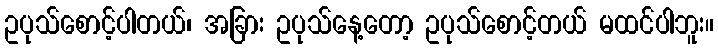
ဥပုသ်စောင့်ပါတယ်၊ အခြား ဥပုသ်နေ့တော့ ဥပုသ်စောင့်တယ် မထင်ပါဘူး။